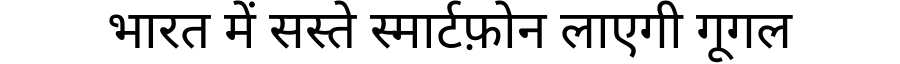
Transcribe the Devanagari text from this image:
भारत में सस्ते स्मार्टफ़ोन लाएगी गूगल